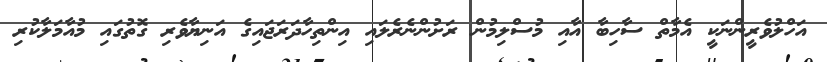
އަހްލުވެރީންނަކީ އެމާތް ސާހިބާ އާއި މުސްލިމުން ރަށުންނެރެލައި އިންތިހާދަރަޖައިގެ އަނިޔާވެރި ގޮތުގައި މުއާމަލާކުރި